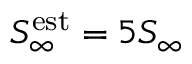
S _ { \infty } ^ { \mathrm { e s t } } = 5 S _ { \infty }